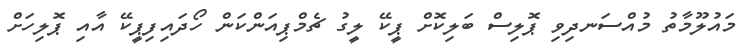
މައުލޫމާތު މުއްސަނދިވި ޕޮލިސް ބަލިކޮށް ޕީކޭ ލީގު ޗެމްޕިއަންކަން ހޯދައިފިޕީކޭ އާއި ޕޮލިހަށް